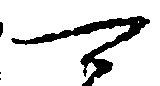
可